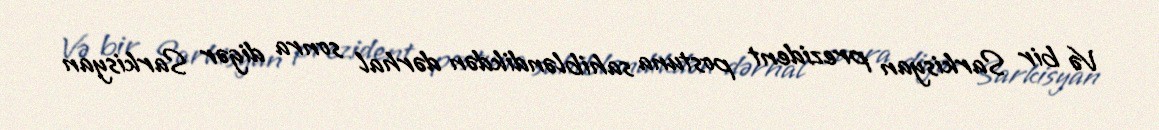
Və bir Sarkisyan prezident postuna sahibləndikdən dərhal sonra digər Sarkisyan